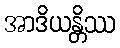
အာဒိယန္တိဿ